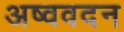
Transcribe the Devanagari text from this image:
अष्ववदन